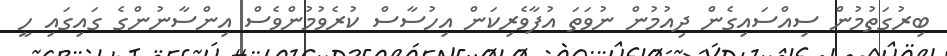
ބިރުގަތުމުން ސިއްސައިގެން ދިއުމުން ނުވަތަ އުފާވެރިކަން އިހުސާސް ކުރެވުމުންވެސް އިންސާނުންގެ ގައިގައި ހީ